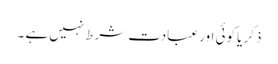
ذکر یا کوئی اور عبادت شرط نہیں ہے ۔